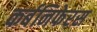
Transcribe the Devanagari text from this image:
कर्बनिफेरस